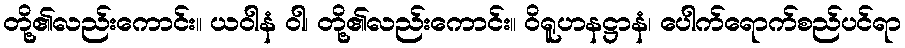
တို့၏လည်းကောင်း။ ယဝါနံ ဝါ၊ တို့၏လည်းကောင်း။ ဝိရူဟနဋ္ဌာနံ၊ ပေါက်ရောက်စည်ပင်ရာ